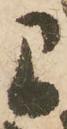
間